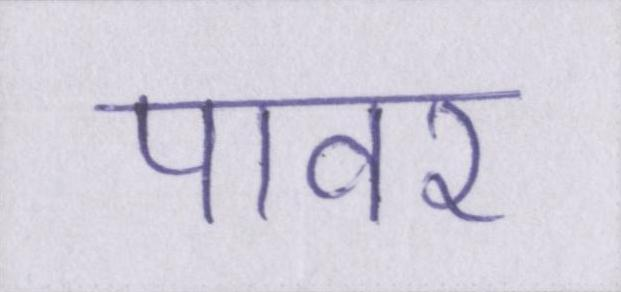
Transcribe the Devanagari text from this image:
पावर